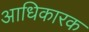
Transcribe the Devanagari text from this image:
अाधिकारक